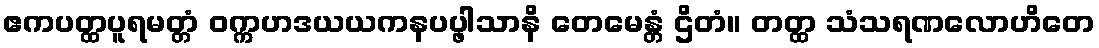
ဧကပတ္ထပူရမတ္တံ ဝက္ကဟဒယယကနပပ္ဖါသာနိ တေမေန္တံ ဌိတံ။ တတ္ထ သံသရဏလောဟိတေ